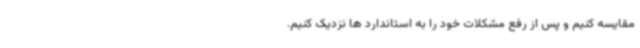
مقایسه کنیم و پس از رفع مشکلات خود را به استاندارد ها نزدیک کنیم.